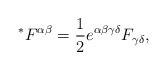
LaTeX: \begin{align*} \prescript{*}{}{F}^{\alpha\beta} = \frac{1}{2} e^{\alpha\beta\gamma\delta} F_{\gamma\delta},\end{align*}